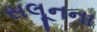
સલૂનના